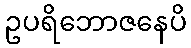
ဥပရိဘောဇနေပိ